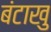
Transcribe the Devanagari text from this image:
बंटाखु